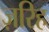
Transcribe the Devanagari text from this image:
ज़रिह